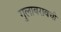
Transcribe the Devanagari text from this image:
गुलाबरावची